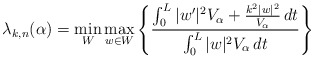
\begin{align*}\lambda_{k,n}(\alpha) = \min_W \max_{w \in W} \left\{ \frac{ \int_0^L |w'|^2 V_\alpha + \frac{k^2 |w|^2}{V_\alpha} \,dt}{ \int_0^L |w|^2 V_\alpha \,dt} \right\}\end{align*}